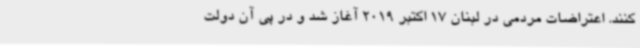
کنند. اعتراضات مردمی در لبنان 17 اکتبر 2019 آغاز شد و در پی آن دولت